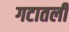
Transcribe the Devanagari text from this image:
गटातली